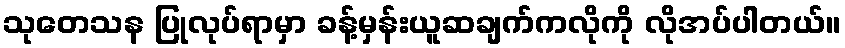
သုတေသန ပြုလုပ်ရာမှာ ခန့်မှန်းယူဆချက်ကလိုကို လိုအပ်ပါတယ်။